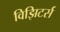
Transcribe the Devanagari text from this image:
विझिटर्स